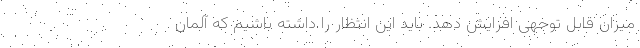
میزان قابل توجهی افزایش دهد. باید این انتظار را داشته باشیم که آلمان